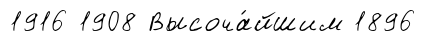
1916 1908 Высоча́йшим 1896